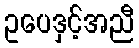
ဥပေဒှင့်အညီ